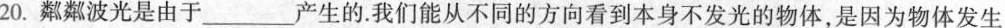
20.粼粼波光是由于___产生的.我们能从不同的的方向看到本身不发光的物体，是因为物体发生